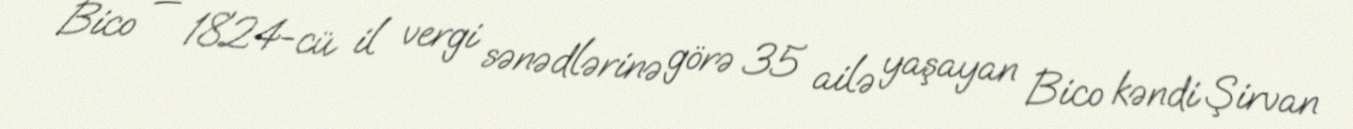
Bico — 1824-cü il vergi sənədlərinə görə 35 ailə yaşayan Bico kəndi Şirvan